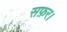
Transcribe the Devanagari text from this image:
सफ़र।